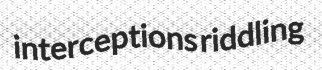
interceptions riddling